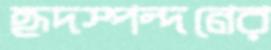
হৃদস্পন্দনের